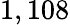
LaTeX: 1,108